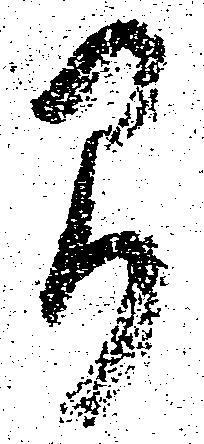
間